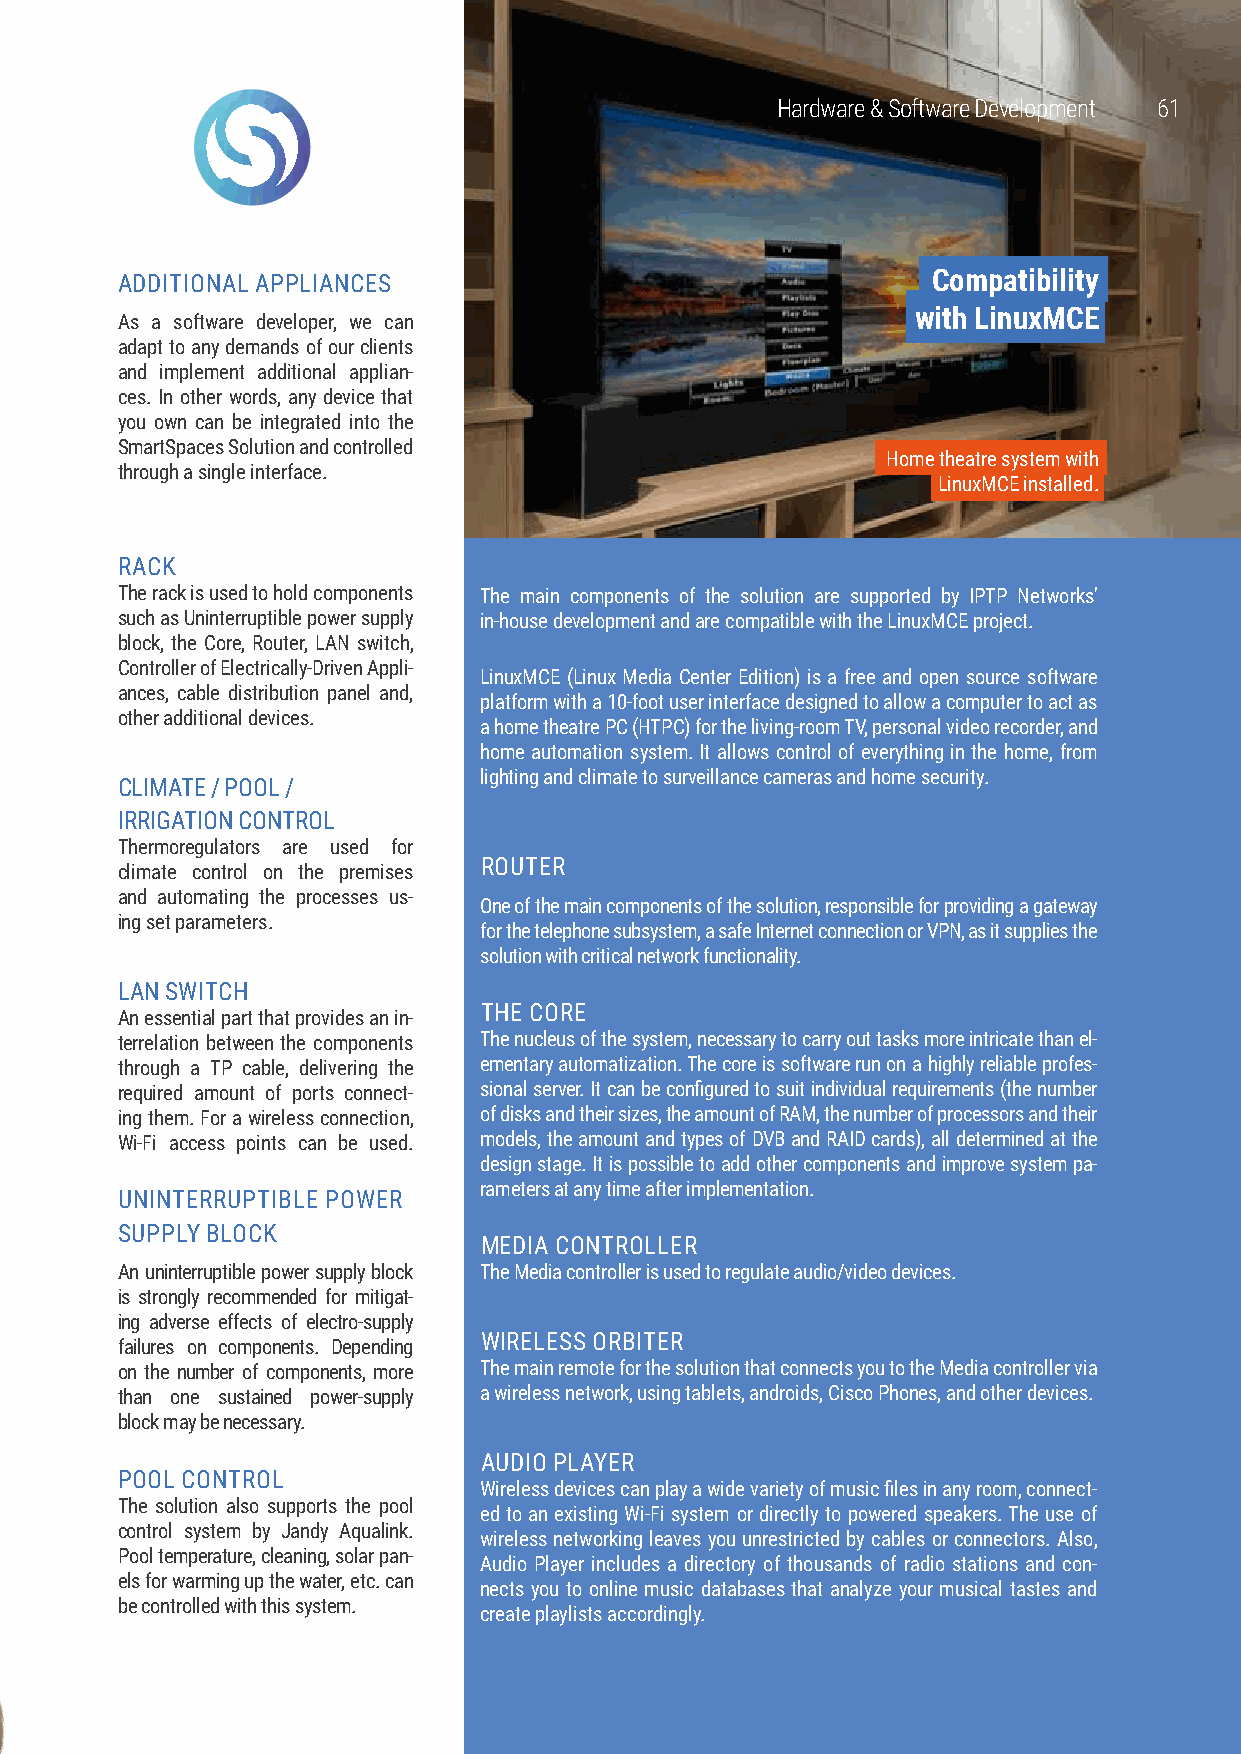
Hardware & Software Development 6611
 ADDITIONAL APPLIANCES                                 Compatibility
 with LinuxMCE
 As a software developer, we can
 adapt to any demands of our clients
 and implement additional applian-
 ces. In other words, any device that
 you own can be integrated into the
 SmartSpaces Solution and controlled
 Home theatre system with
 through a single interface.
 LinuxMCE installed.
 RACK
 The rack is used to hold components The main components of the solution are supported by IPTP Networks'
 such as Uninterruptible power supply in-house development and are compatible with the LinuxMCE project.
 block, the Core, Router, LAN switch,
 Controller of Electrically-Driven Appli-
 LinuxMCE (Linux Media Center Edition) is a free and open source software
 ances, cable distribution panel and,
 platform with a 10-foot user interface designed to allow a computer to act as
 other additional devices.
 a home theatre PC (HTPC) for the living-room TV, personal video recorder, and
 home automation system. It allows control of everything in the home, from
 lighting and climate to surveillance cameras and home security.
 CLIMATE / POOL /
 IRRIGATION CONTROL
 Thermoregulators are used for
 ROUTER
 climate control on the premises
 and automating the processes us-
 One of the main components of the solution, responsible for providing a gateway
 ing set parameters.
 for the telephone subsystem, a safe Internet connection or VPN, as it supplies the
 solution with critical network functionality.
 LAN SWITCH
 THE CORE
 An essential part that provides an in-
 terrelation between the components The nucleus of the system, necessary to carry out tasks more intricate than el-
 through a TP cable, delivering the ementary automatization. The core is software run on a highly reliable profes-
 required amount of ports connect- sional server. It can be configured to suit individual requirements (the number
 ing them. For a wireless connection, of disks and their sizes, the amount of RAM, the number of processors and their
 Wi-Fi access points can be used. models, the amount and types of DVB and RAID cards), all determined at the
 design stage. It is possible to add other components and improve system pa-
 rameters at any time after implementation.
 UNINTERRUPTIBLE POWER
 SUPPLY BLOCK
 MEDIA CONTROLLER
 An uninterruptible power supply block The Media controller is used to regulate audio/video devices.
 is strongly recommended for mitigat-
 ing adverse effects of electro-supply
 WIRELESS ORBITER
 failures on components. Depending
 on the number of components, more The main remote for the solution that connects you to the Media controller via
 than one sustained power-supply a wireless network, using tablets, androids, Cisco Phones, and other devices.
 block may be necessary.
 AUDIO PLAYER
 POOL CONTROL
 Wireless devices can play a wide variety of music files in any room, connect-
 The solution also supports the pool
 ed to an existing Wi-Fi system or directly to powered speakers. The use of
 control system by Jandy Aqualink.
 wireless networking leaves you unrestricted by cables or connectors. Also,
 Pool temperature, cleaning, solar pan-
 Audio Player includes a directory of thousands of radio stations and con-
 els for warming up the water, etc. can
 nects you to online music databases that analyze your musical tastes and
 be controlled with this system.
 create playlists accordingly.
 www.iptp.com